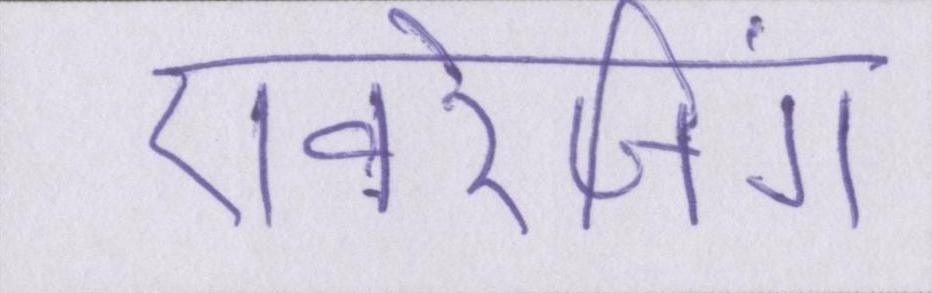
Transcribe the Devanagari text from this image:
एवरेजिंग